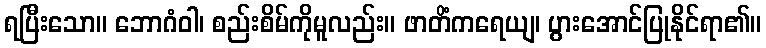
ရပြီးသော။ ဘောဂံဝါ၊ စည်းစိမ်ကိုမူလည်း။ ဖာတိံကရေယျ၊ ပွားအောင်ပြုနိုင်ရာ၏။